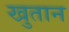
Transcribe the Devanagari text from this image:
खुतान